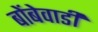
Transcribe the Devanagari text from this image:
बोंबेवाडी